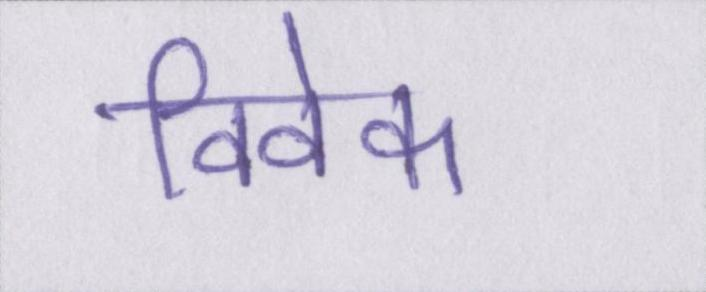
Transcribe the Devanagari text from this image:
विवेक